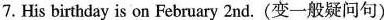
7. His birthday is on February 2nd.(变一般疑问句)